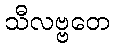
သီလဗ္ဗတေ